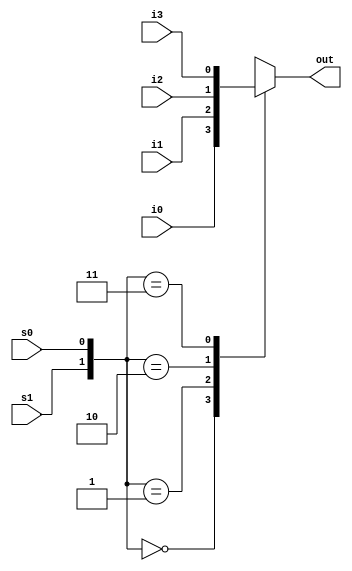
`timescale 1ns / 1ps
//////////////////////////////////////////////////////////////////////////////////
// Company: 
// Engineer: 
// 
// Design Name: 
// Module Name: mux41
// Project Name: 
// Target Devices: 
// Tool Versions: 
// Description: 
// 
// Dependencies: 
// 
// Revision:
// Revision 0.01 - File Created
// Additional Comments:
// 
//////////////////////////////////////////////////////////////////////////////////


module mux41(out,i3,i2,i1,i0,s1,s0);
input i3,i2,i1,i0,s1,s0;
output reg out;

always@*
begin
 case ({s1,s0})
   2'b00:out=i0;
   2'b01:out=i1;
   2'b10:out=i2;
   2'b11:out=i3;
  endcase
end
endmodule